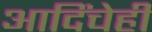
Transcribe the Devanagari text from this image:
आदिंचेही